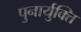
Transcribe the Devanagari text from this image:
पुनार्युक्ति